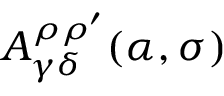
A _ { \gamma \delta } ^ { \rho \rho ^ { \prime } } ( \alpha , \sigma )